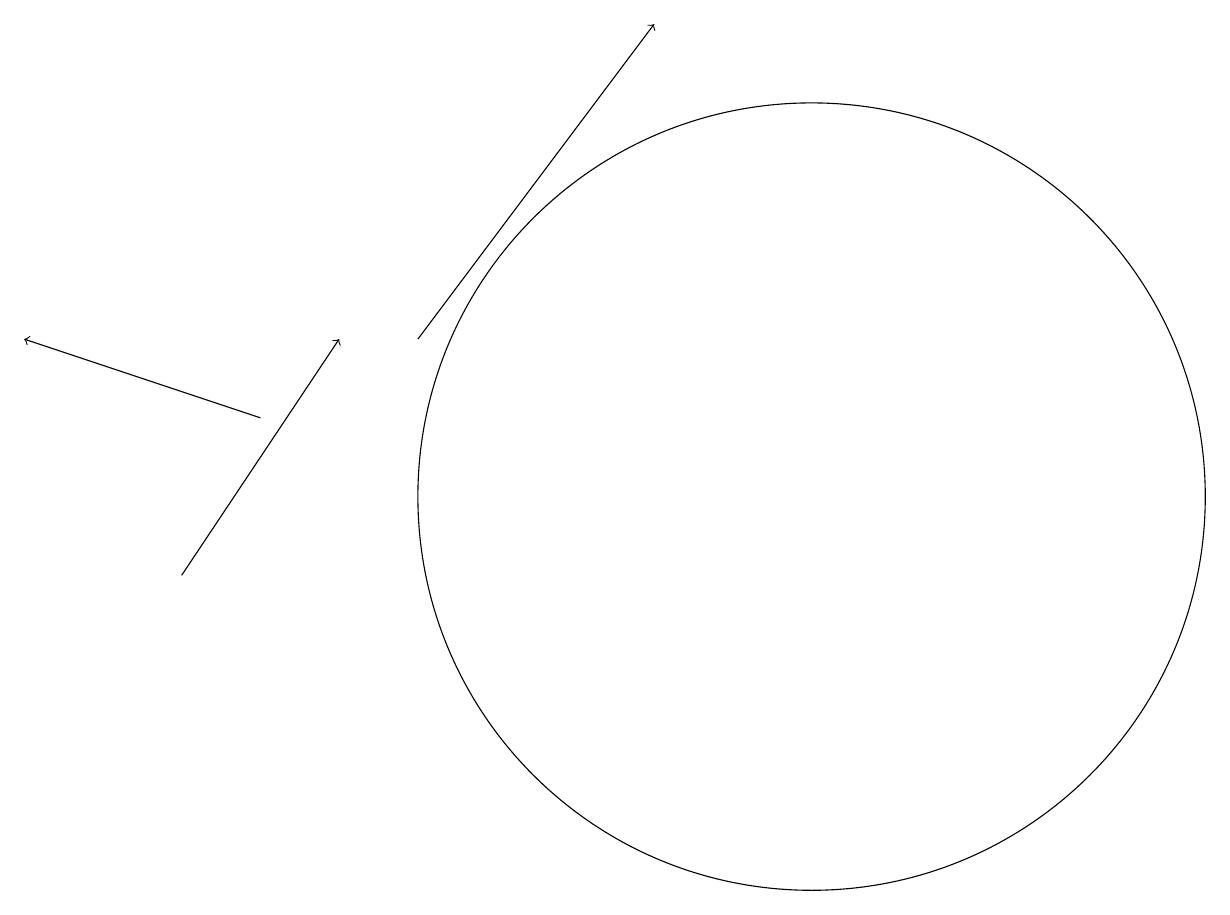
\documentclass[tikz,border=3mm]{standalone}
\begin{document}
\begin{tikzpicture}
\draw[->] (5,13) -- (8,17);
\draw[->] (3,12) -- (0,13);
\draw (10,11) circle (5);
\draw (10,11) circle (0);
\draw[->] (2,10) -- (4,13);
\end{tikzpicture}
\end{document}